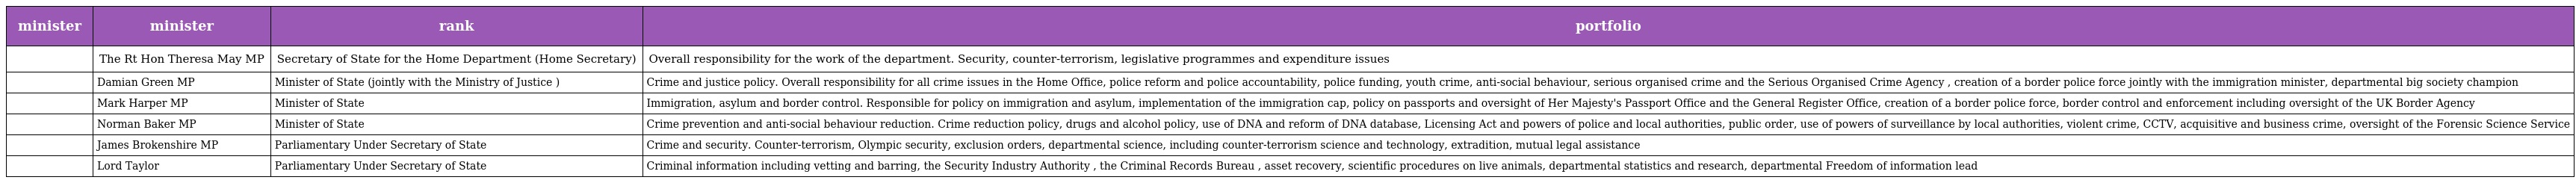
| minister | minister | rank | portfolio |
 | --- | --- | --- | --- |
 |  | The Rt Hon Theresa May MP | Secretary of State for the Home Department (Home Secretary) | Overall responsibility for the work of the department. Security, counter-terrorism, legislative programmes and expenditure issues |
 |  | Damian Green MP | Minister of State (jointly with the Ministry of Justice ) | Crime and justice policy. Overall responsibility for all crime issues in the Home Office, police reform and police accountability, police funding, youth crime, anti-social behaviour, serious organised crime and the Serious Organised Crime Agency , creation of a border police force jointly with the immigration minister, departmental big society champion |
 |  | Mark Harper MP | Minister of State | Immigration, asylum and border control. Responsible for policy on immigration and asylum, implementation of the immigration cap, policy on passports and oversight of Her Majesty's Passport Office and the General Register Office, creation of a border police force, border control and enforcement including oversight of the UK Border Agency |
 |  | Norman Baker MP | Minister of State | Crime prevention and anti-social behaviour reduction. Crime reduction policy, drugs and alcohol policy, use of DNA and reform of DNA database, Licensing Act and powers of police and local authorities, public order, use of powers of surveillance by local authorities, violent crime, CCTV, acquisitive and business crime, oversight of the Forensic Science Service |
 |  | James Brokenshire MP | Parliamentary Under Secretary of State | Crime and security. Counter-terrorism, Olympic security, exclusion orders, departmental science, including counter-terrorism science and technology, extradition, mutual legal assistance |
 |  | Lord Taylor | Parliamentary Under Secretary of State | Criminal information including vetting and barring, the Security Industry Authority , the Criminal Records Bureau , asset recovery, scientific procedures on live animals, departmental statistics and research, departmental Freedom of information lead |